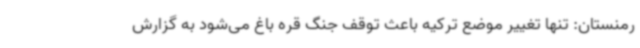
رمنستان: تنها تغییر موضع ترکیه باعث توقف جنگ قره باغ می‌شود به گزارش